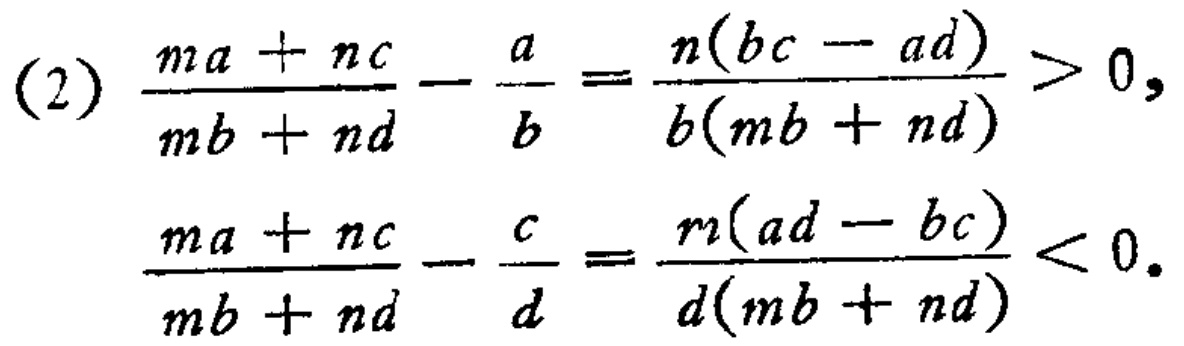
(2) \(\frac{ma + nc}{mb + nd} - \frac{a}{b} = \frac{n(bc - ad)}{b(mb + nd)} > 0,\)
\(\frac{ma + nc}{mb + nd} - \frac{c}{d} = \frac{m(ad - bc)}{d(mb + nd)} < 0.\)